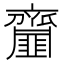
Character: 齏